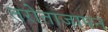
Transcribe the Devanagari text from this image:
तरोताजापन